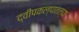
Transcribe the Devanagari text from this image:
द्वीपकल्पातल्या